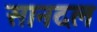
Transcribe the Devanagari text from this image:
सानदल